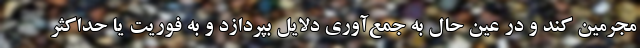
مجرمین کند و در عین حال به جمع‌آوری دلایل بپردازد و به فوریت یا حداکثر